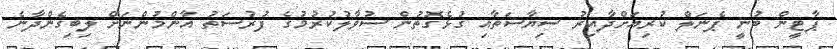
ޕާޓީން ބުނީ ޕެނަލް ކުރިއަށްދާއިރު ސިޔާސަތާއި ގުޅެގޮތުން ސުވާލުކުރުމުގެ ފުރުސަތު އާންމުންނަށް ލިބިގެންދާނެ